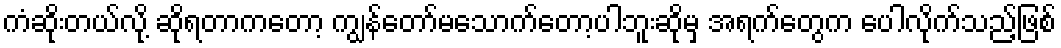
ကံဆိုးတယ်လို့ ဆိုရတာကတော့ ကျွန်တော်မသောက်တော့ပါဘူးဆိုမှ အရက်တွေက ပေါလိုက်သည့်ဖြစ်